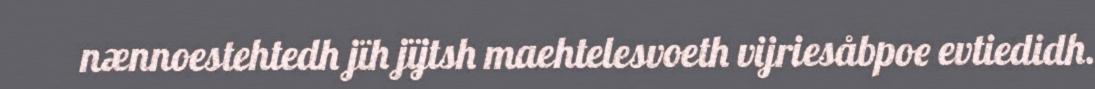
nænnoestehtedh jïh jïjtsh maehtelesvoeth vijriesåbpoe evtiedidh.